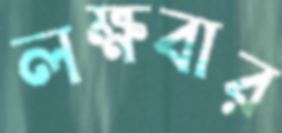
লক্ষবার